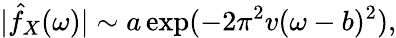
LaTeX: |\hat{f}_{X}(\omega)|\sim a\exp(-2\pi^{2}v(\omega-b)^{2}),